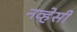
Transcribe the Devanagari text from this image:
नव्हेसी